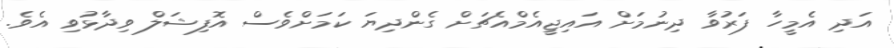
އަދި އެމީހާ ފަރުވާ ދިނުމަށް އައިޖީއެމްއެޗަށް ގެންދިޔަ ކަމަށްވެސް އޮފިޝަލް ވިދާޅުވި އެވެ.